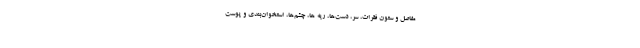
مفاصل و ستون فقرات، سر، دست‌ها، ریه ها، چشم‌ها، استخوان‌بندی و پوست